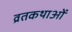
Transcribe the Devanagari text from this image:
व्रतकथाओं